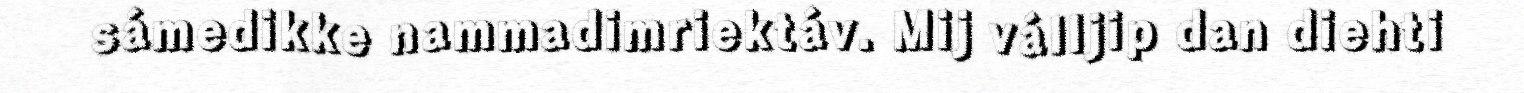
sámedikke nammadimriektáv. Mij válljip dan diehti